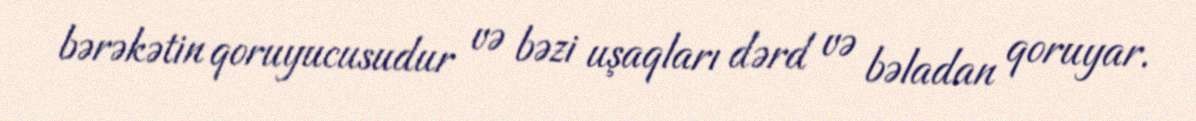
bərəkətin qoruyucusudur və bəzi uşaqları dərd və bəladan qoruyar.